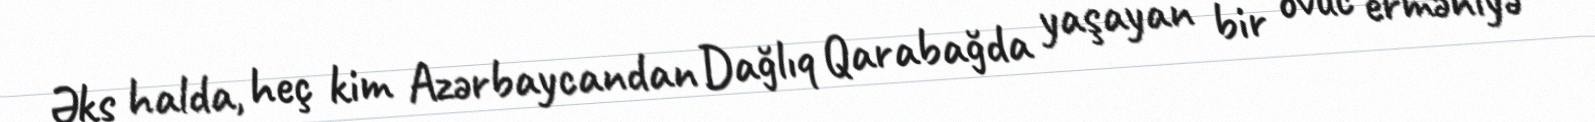
Əks halda, heç kim Azərbaycandan Dağlıq Qarabağda yaşayan bir ovuc erməniyə